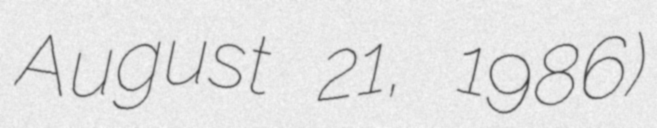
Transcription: August 21, 1986)